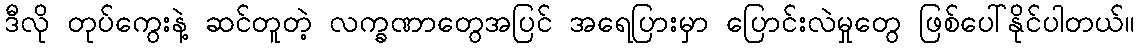
ဒီလို တုပ်ကွေးနဲ့ ဆင်တူတဲ့ လက္ခဏာတွေအပြင် အရေပြားမှာ ပြောင်းလဲမှုတွေ ဖြစ်ပေါ်နိုင်ပါတယ်။